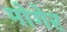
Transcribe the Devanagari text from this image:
मोगेर